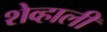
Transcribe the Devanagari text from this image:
शेव्हाली